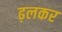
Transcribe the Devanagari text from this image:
ढ़लकर